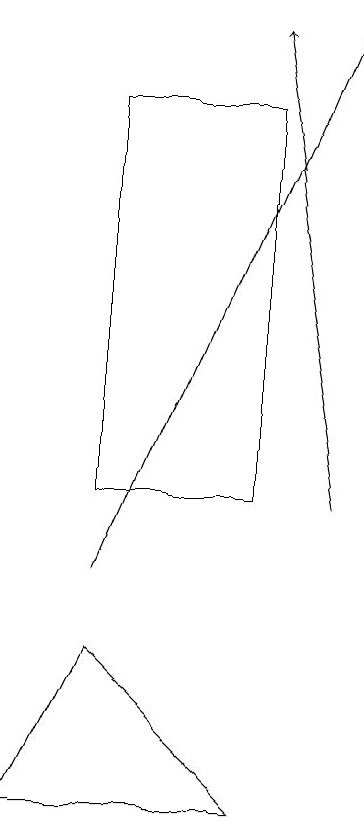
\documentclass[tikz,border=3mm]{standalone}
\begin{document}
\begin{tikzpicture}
\draw (1,9) -- (3,7) -- (0,7) -- cycle;
\draw[->] (1,10) -- (4,17);
\draw[->] (4,11) -- (3,17);
\draw (1,16) rectangle (3,11);
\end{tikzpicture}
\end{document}